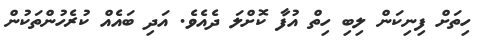
ހިތަށް ފިނިކަން ލިބި ހިތް އުފާ ކޮށްލަ ދެއެވެ. އަދި ބައެއް ކުރެހުންތަކުން